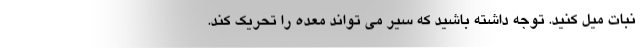
نبات میل کنید. توجه داشته باشید که سیر می تواند معده را تحریک کند.